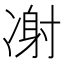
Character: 㓔